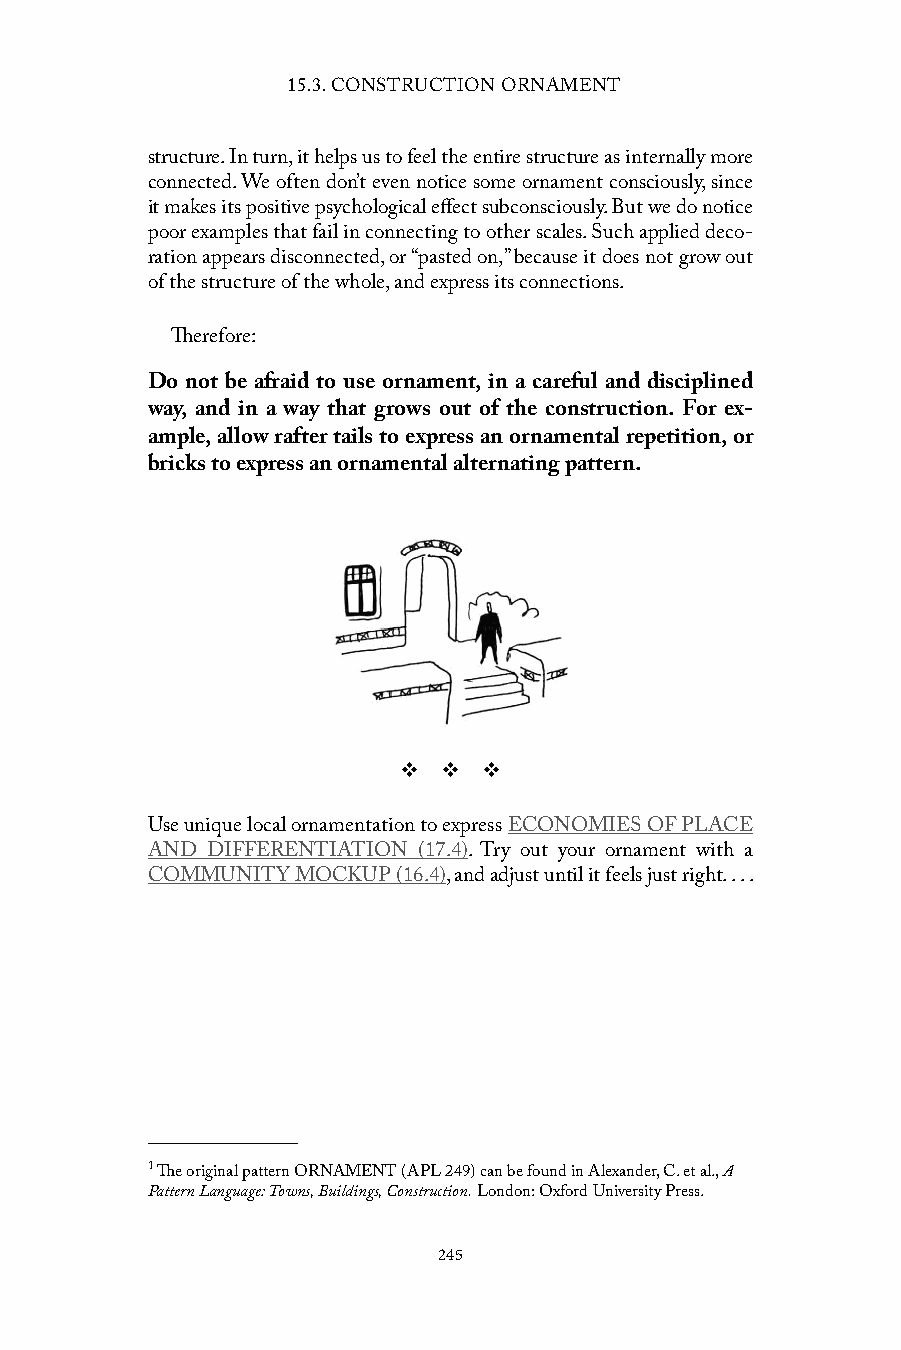
15.3. CONSTRUCTION ORNAMENT
 structure. In turn, it helps us to feel the entire structure as internally more
 connected. We often don’t even notice some ornament consciously, since
 it makes its positive psychological effect subconsciously. But we do notice
 poor examples that fail in connecting to other scales. Such applied deco-
 ration appears disconnected, or “pasted on,” because it does not grow out
 of the structure of the whole, and express its connections.
 Therefore:
 Do not be afraid to use ornament, in a careful and disciplined
 way, and in a way that grows out of the construction. For ex-
 ample, allow rafter tails to express an ornamental repetition, or
 bricks to express an ornamental alternating pattern.
 v  v  v
 Use unique local ornamentation to express ECONOMIES OF PLACE
 AND DIFFERENTIATION (17.4). Try out your ornament with a
 COMMUNITY MOCKUP (16.4), and adjust until it feels just right. . . .
 1 The original pattern ORNAMENT (APL 249) can be found in Alexander, C. et al., A
 Pattern Language: Towns, Buildings, Construction. London: Oxford University Press.
 245